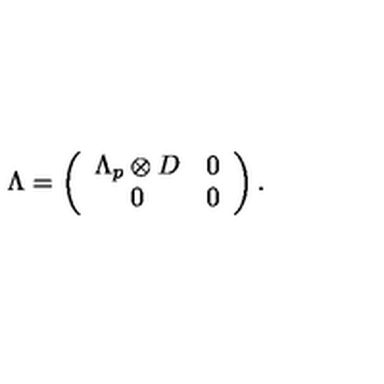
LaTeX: \Lambda = \left( \begin{array} { c c } { \Lambda _ { p } \otimes D } & { 0 } \\ { 0 } & { 0 } \\ \end{array} \right) .